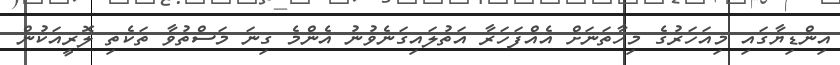
އިންޑިޔާާގައި މިއަހަރުގެ މިހާތަނަށް އެއްފަހަރާ އަތުލައިގަނެވުނު އެންމެ ގިނަ މަސްތުވާ ތަކެތި ލޮރީއަކުން